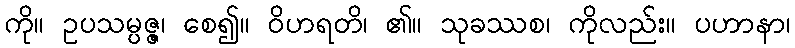
ကို။ ဥပသမ္ပဇ္ဇ၊ စေ၍။ ဝိဟရတိ၊ ၏။ သုခဿစ၊ ကိုလည်း။ ပဟာနာ၊